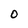
Character: O